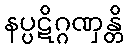
နပ္ပဋိဂ္ဂဏှန္တိ